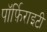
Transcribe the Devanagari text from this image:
पॉर्फ़िराइटी